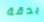
بدقة